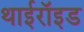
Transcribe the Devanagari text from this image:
थाईरॉइड